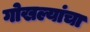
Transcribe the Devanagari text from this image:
गोखल्यांचा